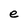
Character: e